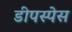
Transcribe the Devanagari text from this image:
डीपस्पेस